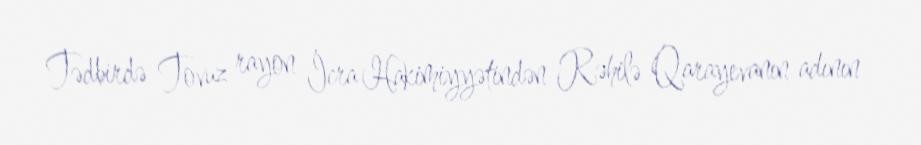
Tədbirdə Tovuz rayon İcra Hakimiyyətindən Rəhilə Qarayevanın adının